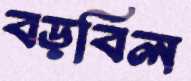
বড়বিল